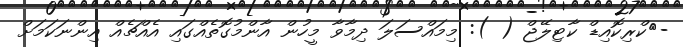
-	ކްރިކޮއިޑް ކާޓިލޭޖް ( ): މިމައްސަލަ ދިމާވާ މީހުން އާންމުގޮތެއްގައި އެއްޗެއް އިންނަކަމަށް